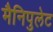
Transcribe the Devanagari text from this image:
मैनिपुलेट